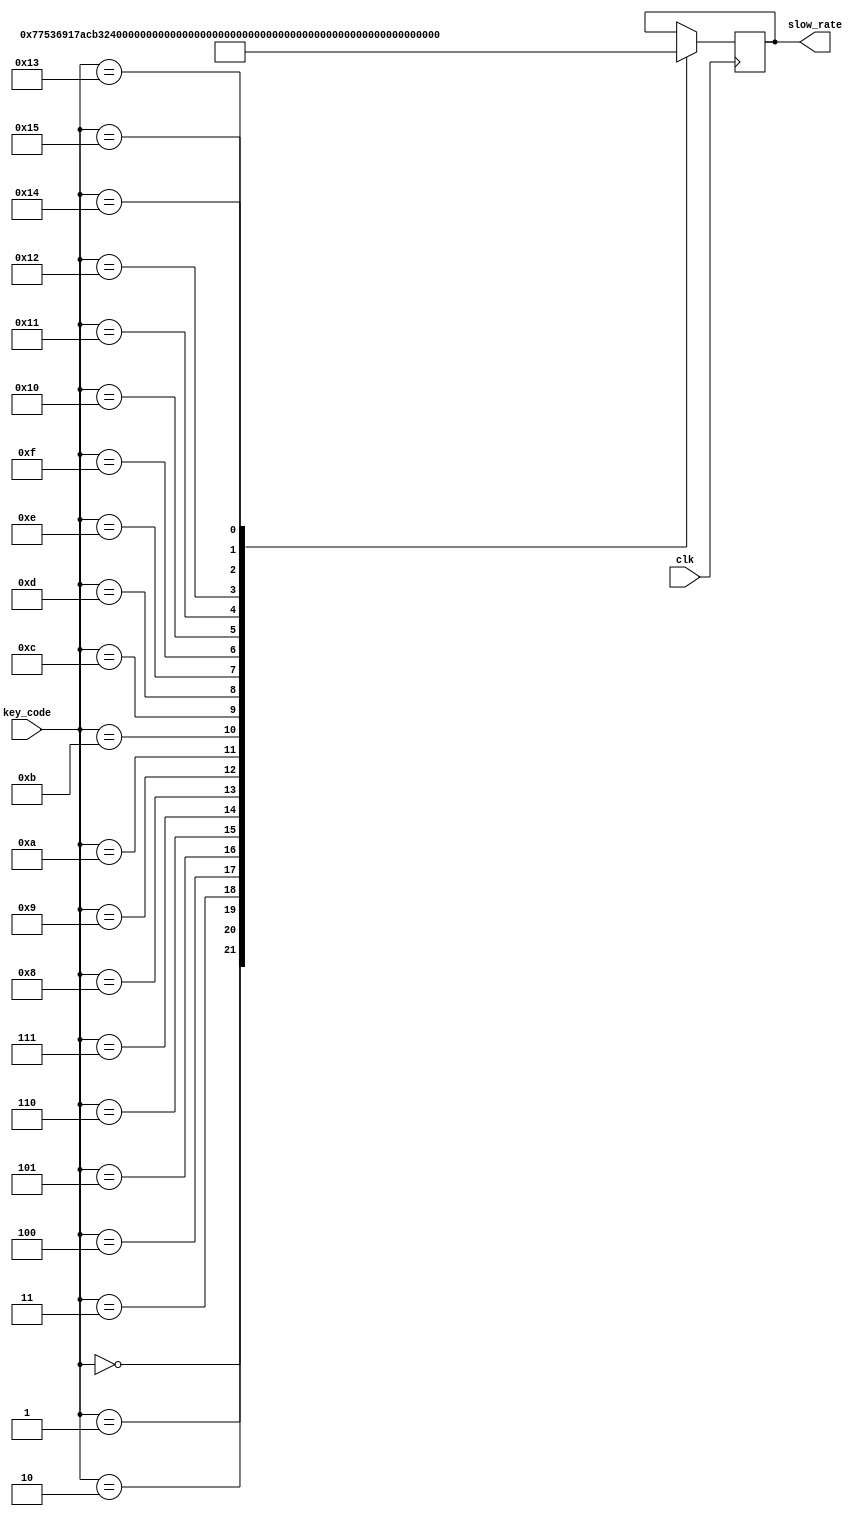
module keytofrequency( key_code, clk, slow_rate );
   input[4:0]	key_code;
   input 	clk;
   output [12:0] slow_rate;
   reg [12:0] 	 slow;
	
	always @ (posedge clk)
     case (key_code)
       0: slow <= 0;							// 0: frequency = 0;
       1: slow <= 'D1909;						//	1: frequency = 'D262;
       2: slow <= 'D1746;						//	2: frequency = 'D294;
       3: slow <= 'D1515;						//	3: frequency = 'D330;
       4: slow <= 'D1433;						//	4: frequency = 'D349;
       5: slow <= 'D1276;						//	5: frequency = 'D392;
       6: slow <= 'D1137;						//	6: frequency = 'D440;
       7: slow <= 'D1012;						//	7: frequency = 'D494;
       8: slow <= 'D966;						//	8: frequency = 'D523;
       9: slow <= 'D852;						//	9: frequency = 'D587;
       10: slow <= 'D759;						//	10: frequency = 'D659;
       11: slow <= 'D717;						//	11: frequency = 'D698;
       12: slow <= 'D638;						//	12: frequency = 'D784;
       13: slow <= 'D568;						//	13: frequency = 'D880;
       14: slow <= 'D506;						//	14: frequency = 'D988;
       15: slow <= 'D478;						//	15: frequency = 'D1047;
       16: slow <= 'D426;						//	16: frequency = 'D1175;
       17: slow <= 'D379;						//	17: frequency = 'D1319;
       18: slow <= 'D358;						//	18: frequency = 'D1397;
       19: slow <= 'D319;						//	19: frequency = 'D1568;
       20: slow <= 'D284;						//	20: frequency = 'D1760;
       21: slow <= 'D253;						//	21: frequency = 'D1976;
     endcase

   assign slow_rate = slow;

endmodule